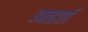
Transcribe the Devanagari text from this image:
आद्रर्ता